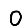
Digit: 0